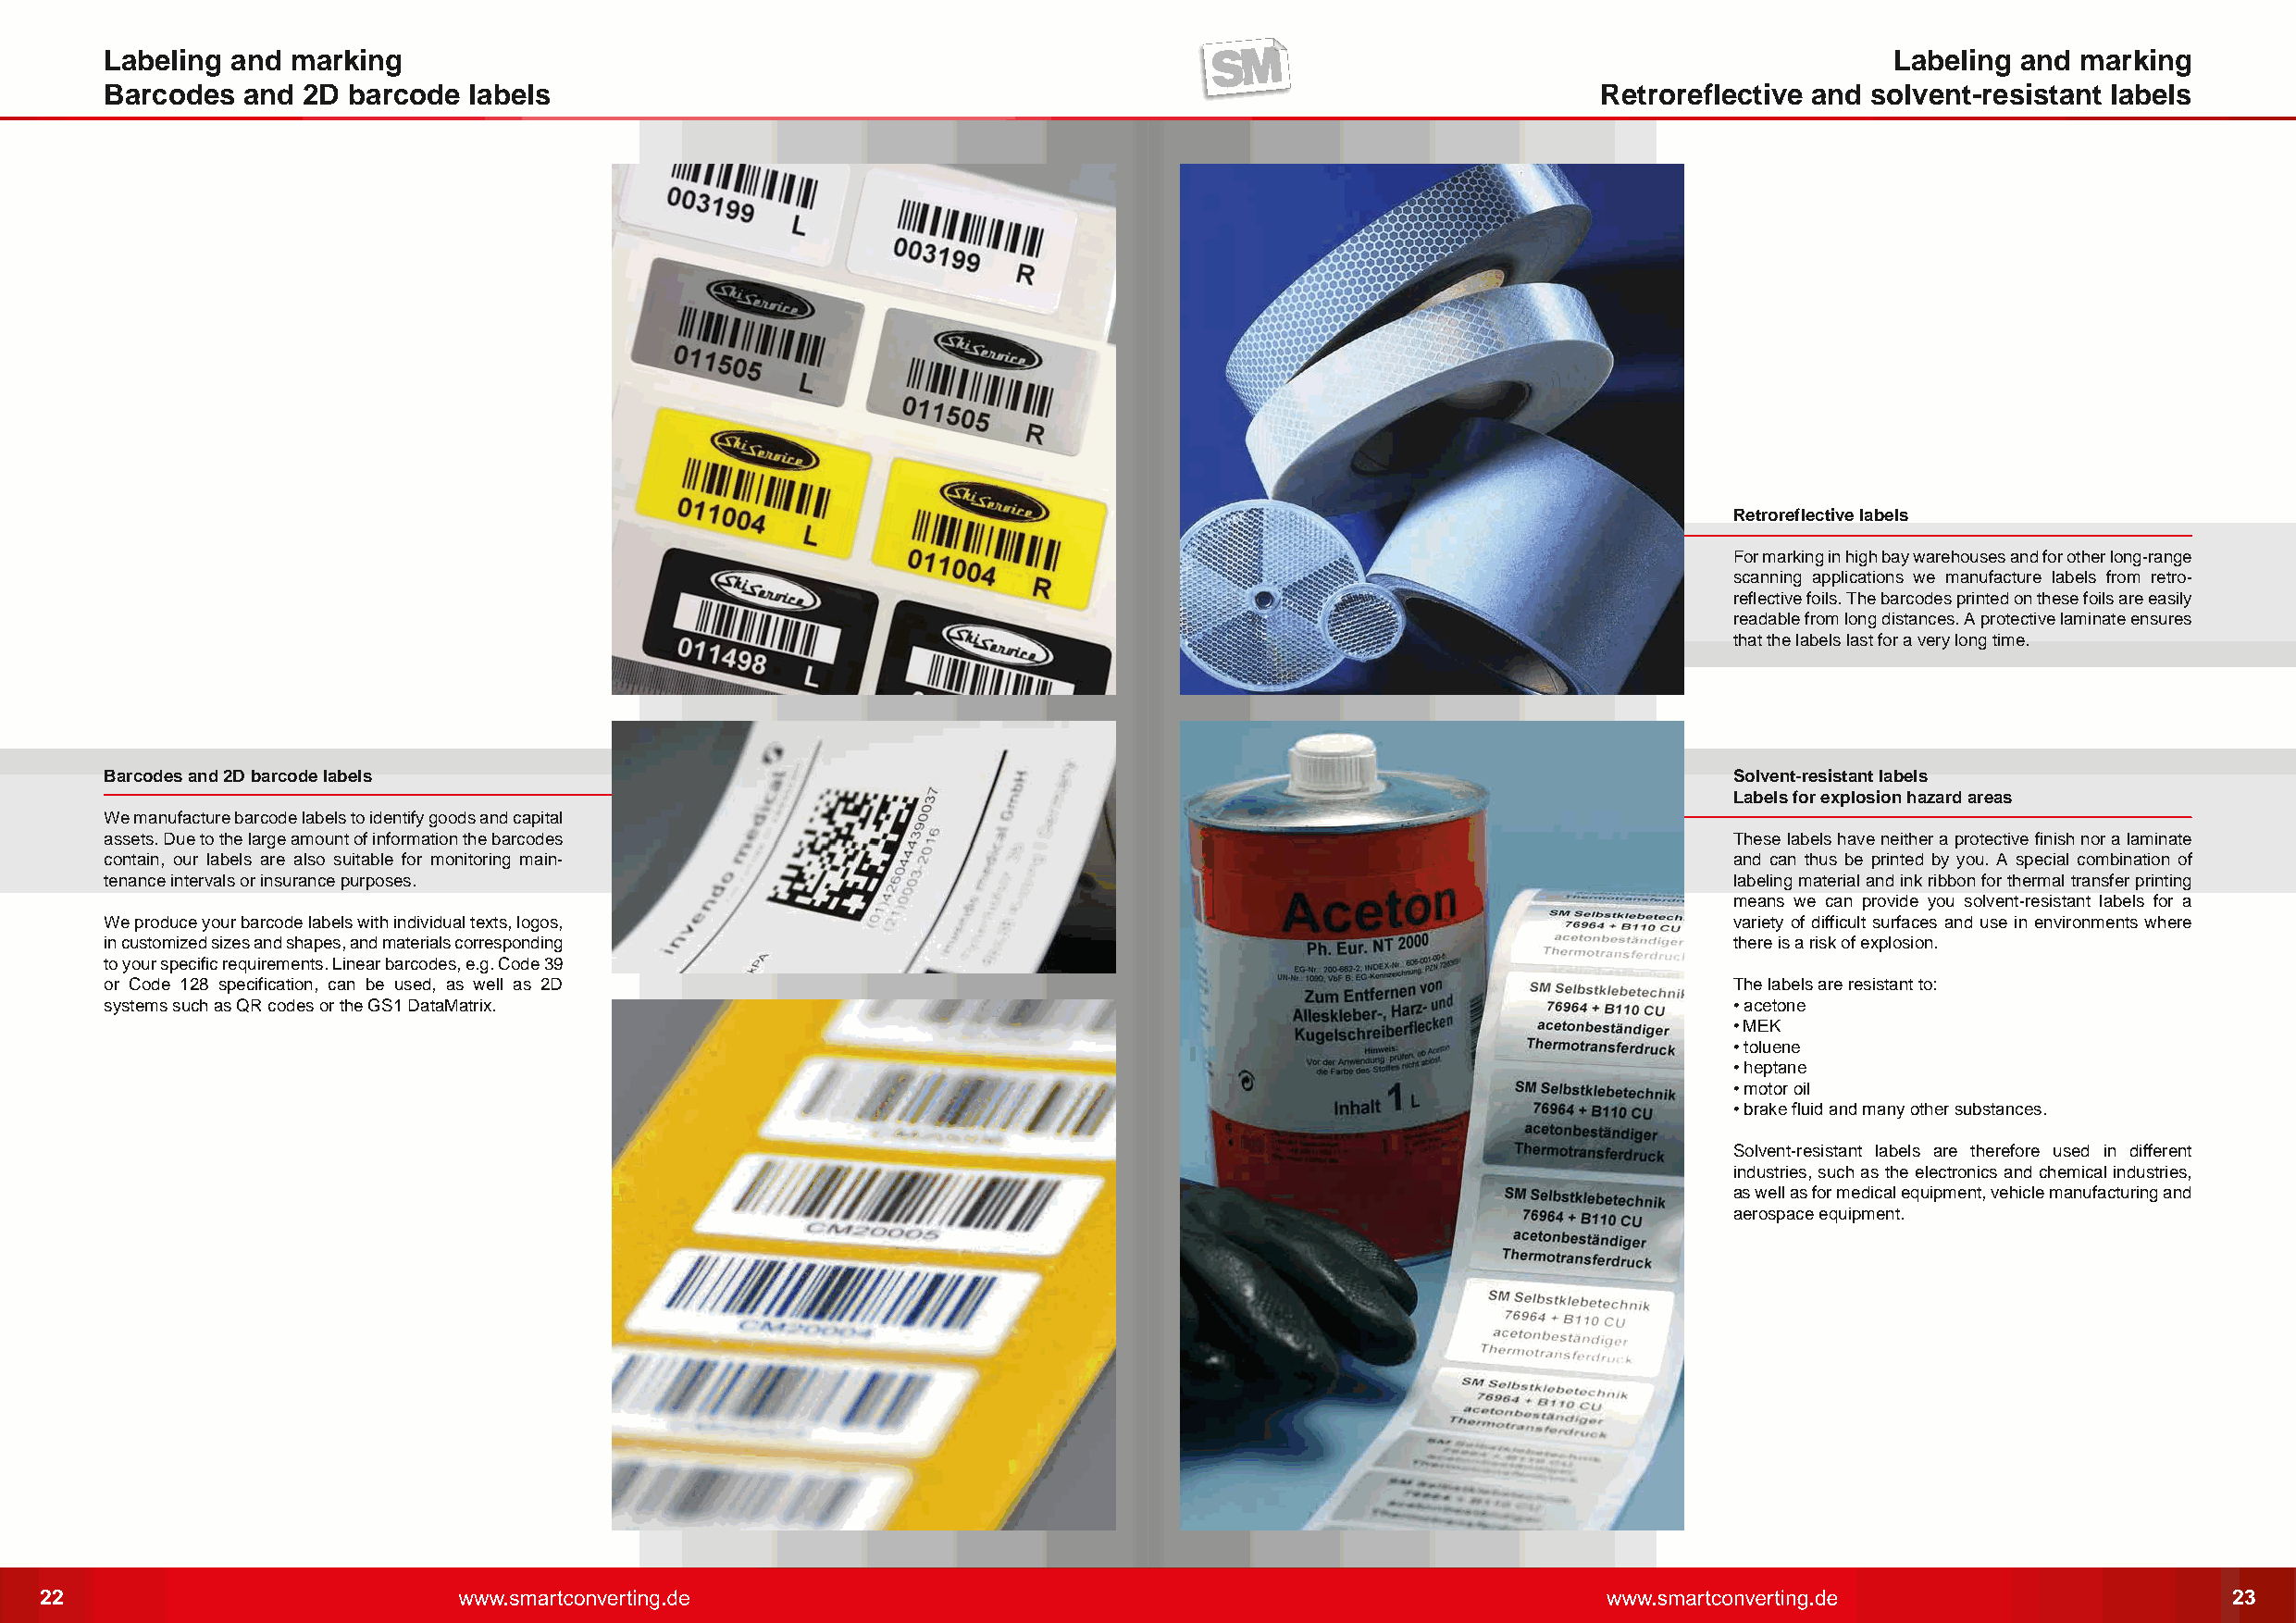
Labeling  and marking                                                                                                           Labeling and  marking
 Barcodes  and  2D barcode  labels                                                                          Retroreflective and solvent-resistant labels
 Retroreflective labels
 For marking in high bay warehouses and for other long-range
 scanning applications we manufacture labels from retro-
 reflective foils. The barcodes printed on these foils are easily
 readable from long distances. A protective laminate ensures
 that the labels last for a very long time.
 Barcodes and 2D barcode labels                                                                                       Solvent-resistant labels
 Labels for explosion hazard areas
 We manufacture barcode labels to identify goods and capital
 assets. Due to the large amount of information the barcodes                                                          These labels have neither a protective finish nor a laminate
 contain, our labels are also suitable for monitoring main-                                                           and can thus be printed by you. A special combination of
 tenance intervals or insurance purposes.                                                                             labeling material and ink ribbon for thermal transfer printing
 means we can provide you solvent-resistant labels for a
 We produce your barcode labels with individual texts, logos,                                                         variety of difficult surfaces and use in environments where
 in customized sizes and shapes, and materials corresponding                                                          there is a risk of explosion.
 to your specific requirements. Linear barcodes, e.g. Code 39
 or Code 128 specification, can be used, as well as 2D                                                                The labels are resistant to:
 systems such as QR codes or the GS1 DataMatrix.                                                                      • acetone
 • MEK
 • toluene
 • heptane
 • motor oil
 • brake fluid and many other substances.
 Solvent-resistant labels are therefore used in different
 industries, such as the electronics and chemical industries,
 as well as for medical equipment, vehicle manufacturing and
 aerospace equipment.
 22                                                                                                                                                           23